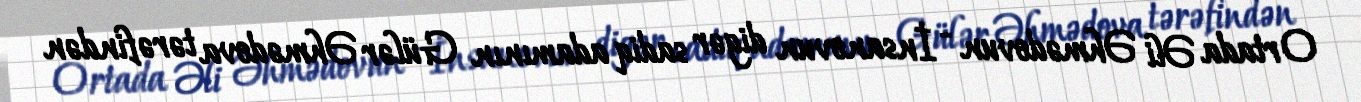
Ortada Əli Əhmədovun - İnsanovun digər sadiq adamının Gülər Əhmədova tərəfindən